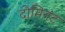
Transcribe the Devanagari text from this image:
दोमिनंट